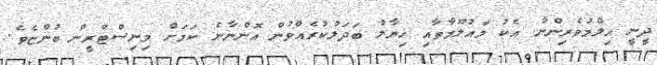
ދީނީ އިލްމުވެރިންނާ އެކު މައުލޫމާތާއި ޚިޔާލު ބަދަލުކުރެއްވުން އޮންނާނެ ކަމަށް މިނިސްޓްރީން ބުންޏެވެ.